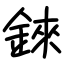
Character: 錸